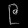
Digit: ၉